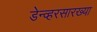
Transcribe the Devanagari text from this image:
डेन्व्हरसारख्या